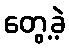
တွေ့ခဲ့